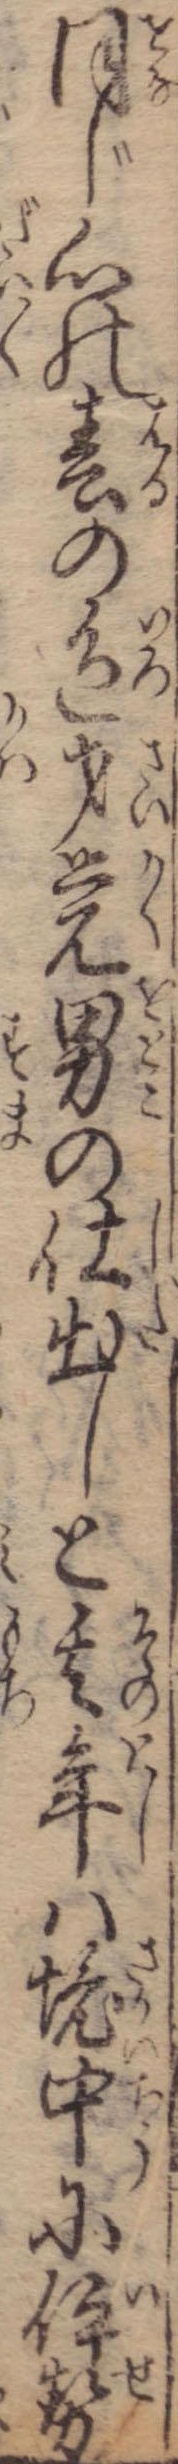
同じ心の春の色才覚男の仕出しと其年は境中に伊勢